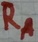
Text: RA